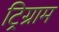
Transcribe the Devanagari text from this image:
ट्रिग्राम